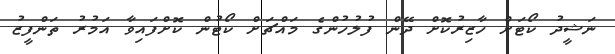
ނަޝީދު ކޯޓަށް ހާޒިރުކޮށް ދޭން ފުލުހުންގެ މައްޗަށް ކޯޓުން ކޮށްފައިވާ އަމުރު ތަންފީޒު